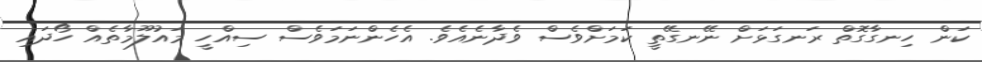
ކަން ހިނގާގޮތް ރަނގަޅަށް ނޭނގޭތީ ކަމަށްވެސް ވެދާނެއެވެ. އެހެންނަމަވެސް ސިއްހީ މައުލޫމާތެއް ހޯދައި